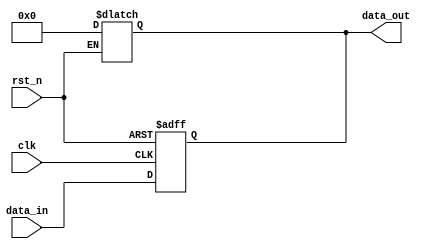
module async_reset_example (
    input wire clk,            // Clock signal
    input wire rst_n,         // Asynchronous reset signal (active low)
    input wire [7:0] data_in, // Example input data
    output reg [7:0] data_out  // Output data
);

// Asynchronous reset condition
always @* begin
    if (!rst_n) begin
        // Reset condition: set output to 0 when reset is active
        data_out = 8'b0;
    end
end

// Sequential logic response to clock signal
always @(posedge clk or negedge rst_n) begin
    if (!rst_n) begin
        // On reset, also ensure output is set to initial state
        data_out <= 8'b0;
    end else begin
        // Update output on rising edge of the clock
        data_out <= data_in; // Example behavior: transfer input to output
    end
end

endmodule